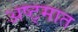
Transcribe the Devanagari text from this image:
अष्ट्मात